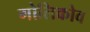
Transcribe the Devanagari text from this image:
गोलिकोव